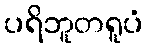
ပရိဘူတရူပံ